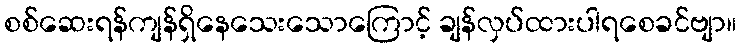
စစ်ဆေးရန်ကျန်ရှိနေသေးသောကြောင့် ချန်လှပ်ထားပါရစေခင်ဗျာ။